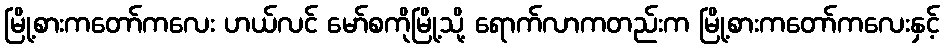
မြို့စားကတော်ကလေး ဟယ်လင် မော်စကိုမြို့သို့ ရောက်လာကတည်းက မြို့စားကတော်ကလေးနှင့်